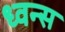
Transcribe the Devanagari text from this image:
ध्वन्स